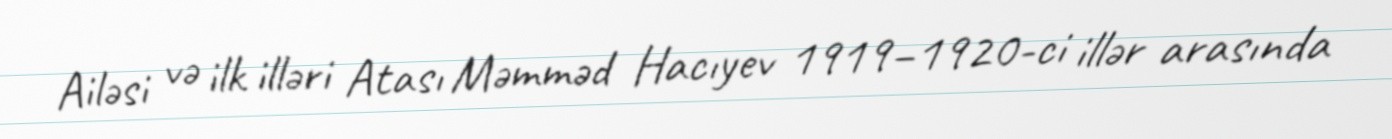
Ailəsi və ilk illəri Atası Məmməd Hacıyev 1919–1920-ci illər arasında